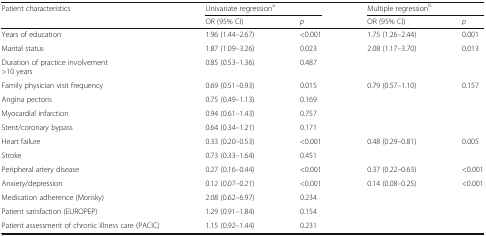
<table><thead><tr><td rowspan="2"><b>Patient characteristics</b></td><td colspan="2"><b>Univariate regression<sup>a</sup></b></td><td colspan="2"><b>Multiple regression<sup>b</sup></b></td></tr><tr><td><b>OR (95% CI)</b></td><td><b><i>p</i></b></td><td><b>OR (95% CI)</b></td><td><b><i>p</i></b></td></tr></thead><tbody><tr><td>Years of education</td><td>1.96 (1.44–2.67)</td><td>&lt;0.001</td><td>1.75 (1.26–2.44)</td><td>0.001</td></tr><tr><td>Marital status</td><td>1.87 (1.09–3.26)</td><td>0.023</td><td>2.08 (1.17–3.70)</td><td>0.013</td></tr><tr><td>Duration of practice involvement&gt;10 years</td><td>0.85 (0.53–1.36)</td><td>0.487</td><td></td><td></td></tr><tr><td>Family physician visit frequency</td><td>0.69 (0.51–0.93)</td><td>0.015</td><td>0.79 (0.57–1.10)</td><td>0.157</td></tr><tr><td>Angina pectoris</td><td>0.75 (0.49–1.13)</td><td>0.169</td><td></td><td></td></tr><tr><td>Myocardial infarction</td><td>0.94 (0.61–1.43)</td><td>0.757</td><td></td><td></td></tr><tr><td>Stent/coronary bypass</td><td>0.64 (0.34–1.21)</td><td>0.171</td><td></td><td></td></tr><tr><td>Heart failure</td><td>0.33 (0.20–0.53)</td><td>&lt;0.001</td><td>0.48 (0.29–0.81)</td><td>0.005</td></tr><tr><td>Stroke</td><td>0.73 (0.33–1.64)</td><td>0.451</td><td></td><td></td></tr><tr><td>Peripheral artery disease</td><td>0.27 (0.16–0.44)</td><td>&lt;0.001</td><td>0.37 (0.22–0.63)</td><td>&lt;0.001</td></tr><tr><td>Anxiety/depression</td><td>0.12 (0.07–0.21)</td><td>&lt;0.001</td><td>0.14 (0.08–0.25)</td><td>&lt;0.001</td></tr><tr><td>Medication adherence (Morisky)</td><td>2.08 (0.62–6.97)</td><td>0.234</td><td></td><td></td></tr><tr><td>Patient satisfaction (EUROPEP)</td><td>1.29 (0.91–1.84)</td><td>0.154</td><td></td><td></td></tr><tr><td>Patient assessment of chronic illness care (PACIC)</td><td>1.15 (0.92–1.44)</td><td>0.231</td><td></td><td></td></tr></tbody></table>